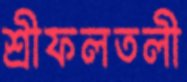
শ্রীফলতলী